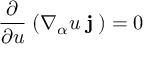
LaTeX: \frac { \partial } { \partial u } \; ( \nabla _ { \alpha } u \; { \bf j ^ { \alpha } } ) = 0